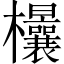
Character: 𣡤